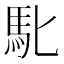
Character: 𮩲